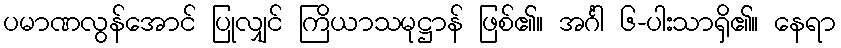
ပမာဏလွန်အောင် ပြုလျှင် ကြိယာသမုဋ္ဌာန် ဖြစ်၏။ အင်္ဂါ ၆-ပါးသာရှိ၏။ နေရာ